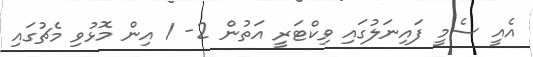
އެއީ ސެމީ ފައިނަލުގައި ވިކްޓަރީ އަތުން 2- 1 އިން މޮޅުވި މެޗުގައި